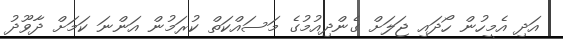
އަދި އެމީހުން ހޯދައި ޖަލަށް ގެންދިއުމުގެ މަސައްކަތް ކުރަމުން އަންނަ ކަމަށް ދާވޫދު